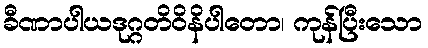
ခီဏာပါယဒုဂ္ဂတိဝိနိပါတော၊ ကုန်ပြီးသော